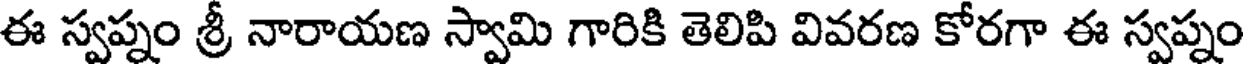
ఈ స్వప్నం శ్రీ నారాయణ స్వామి గారికి తెలిపి వివరణ కోరగా ఈ స్వప్నం